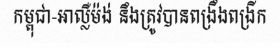
កម្ពុជា-អាល្លឺម៉ង់ នឹងត្រូវបានពង្រឹងពង្រីក